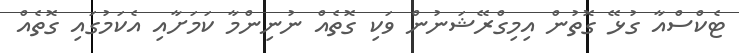
ޓެކްސްއާ ގުޅޭ ގޮތުން އިމިގްރޭޝަނުން ވަކި ގޮތެއް ނުނިންމާ ކަމަށާއި އެކަމުގައި ގޮތެއް